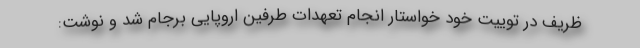
ظریف در توییت خود خواستار انجام تعهدات طرفین اروپایی برجام شد و نوشت: